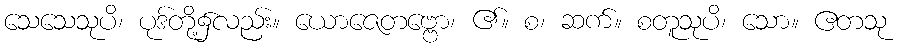
သေသေသုပိ၊ ပုဒ်တို့၌လည်း။ ယောဇေတဗ္ဗော၊ ၏။ စ၊ ဆက်။ စတူသုပိ၊ သော။ ဧတသု